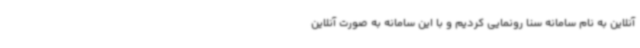
آنلاین به نام سامانه سنا رونمایی کردیم و با این سامانه به صورت آنلاین